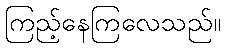
ကြည့်နေကြလေသည်။